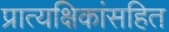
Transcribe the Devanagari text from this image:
प्रात्यक्षिकांसहित